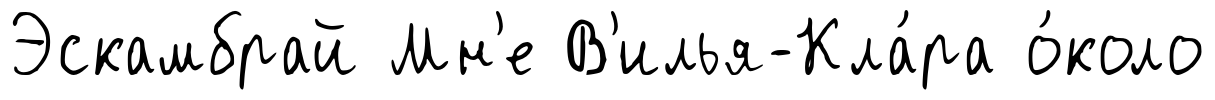
Эскамбрай Мн'е В'илья-Кла́ра о́коло